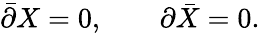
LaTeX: \bar{\partial}X=0,\; \; \; \; \; \; \; \partial\bar{X}=0.